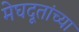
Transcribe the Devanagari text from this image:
मेघदूतांच्या